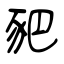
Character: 豝